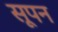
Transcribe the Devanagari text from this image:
सूपन